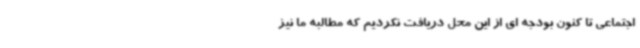
اجتماعی تا کنون بودجه ای از این محل دریافت نکردیم که مطالبه ما نیز